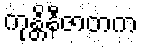
ကုန္တိနီဇာတက